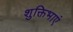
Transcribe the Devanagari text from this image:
शुक्तिभाएं